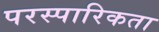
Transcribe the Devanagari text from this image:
परस्पारिकता